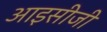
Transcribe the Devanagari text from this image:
आइसीजी